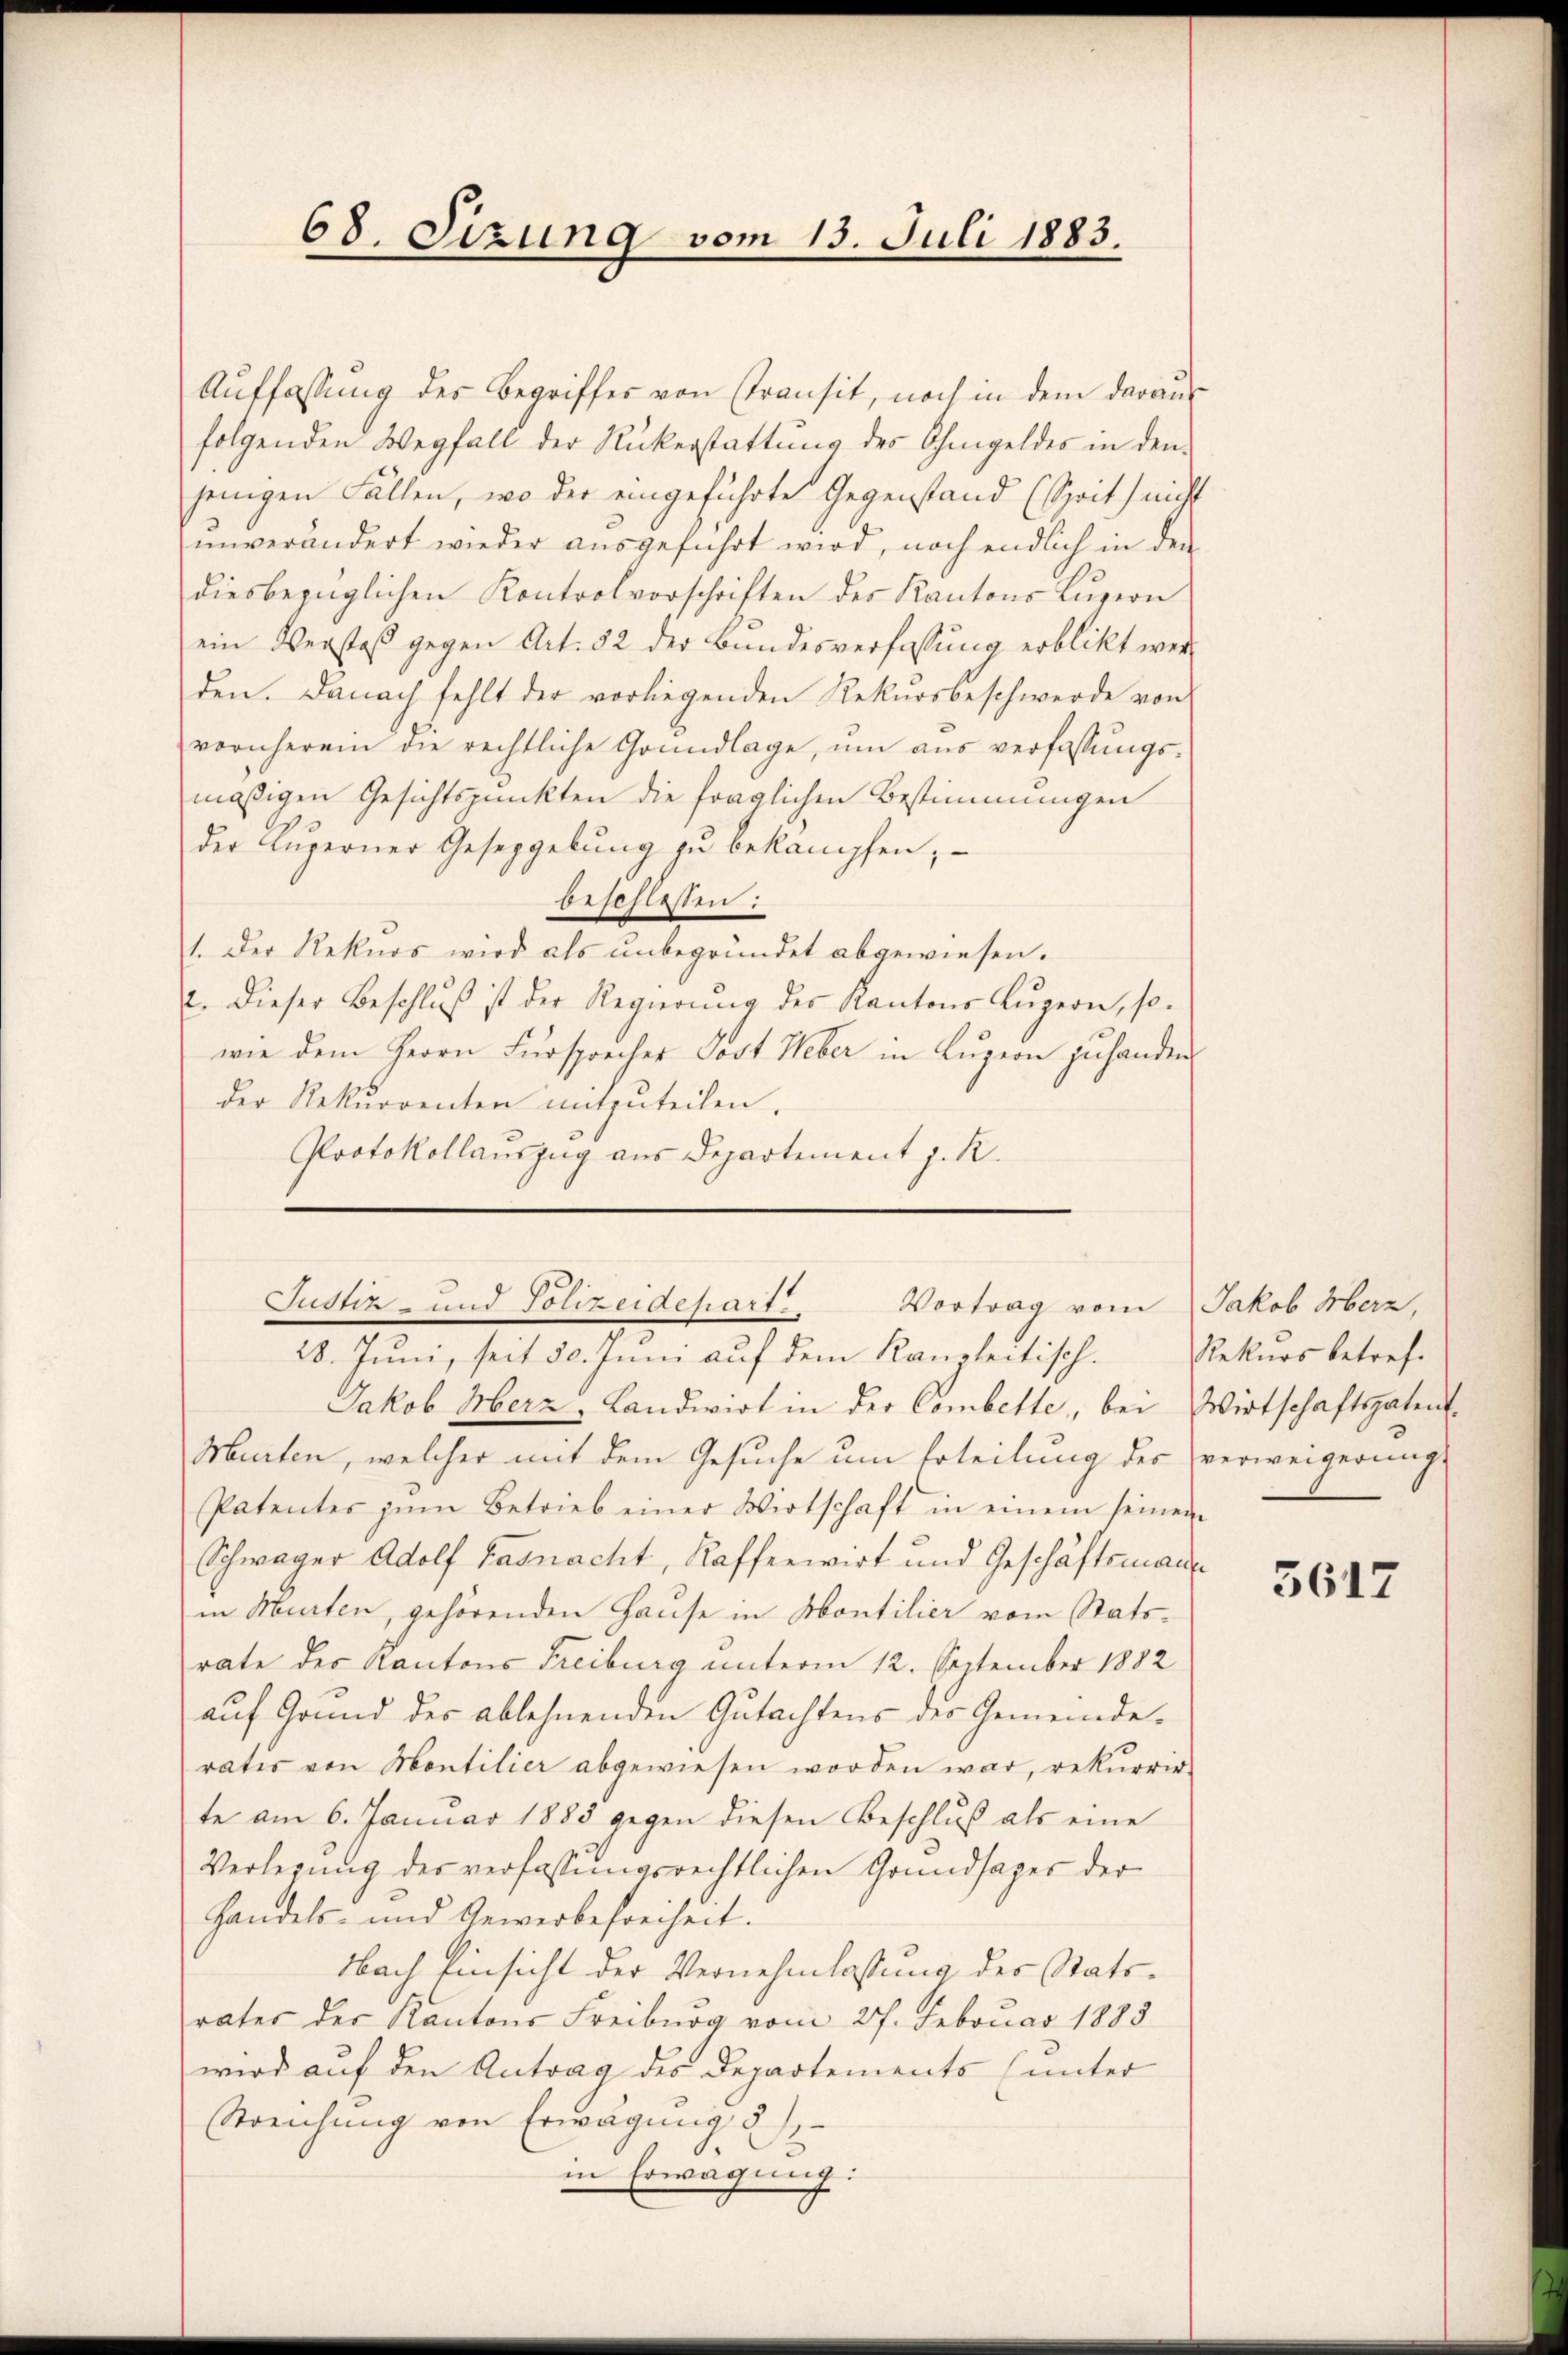
68. Sizung vom 13. Juli 1883.

Aŭffassung des Begriffes von Stransit, noch in dem daraus
folgenden Wegfall der Rükerstattung des Ohmgeldes in den
jenigen Fällen, wo der eingeführte Gegenstand (Sprit nicht
unverändert wieder aŭsgeführt wird, noch endlich in den
diesbezüglichen Kontrolvorschriften des Kantons Luzern
ein Wegstoß gegen Art. 32 der Bundesverfassung erblickt werden. Danach fehlt der vorliegenden Rekŭrsbeschwerde von
vornherein die rechtliche Grundlage, ŭm aŭs verfassŭngs-
mäßigen Gesichtspunkten die fraglichen Bestimmungen
der Luzerner Geseggelung zu bekampfen;
beschlossen:
1. Der Rekurs wird als unbegründet abgewiesen.
2. Dieser Beschlŭβ ist der Regierŭng des Kantons Lŭzern, so-
wie dem Herrn Fürsprecher Post Heber in Lŭzern zuhanden
der Rekurrenten mitzuteilen.
Protokollauszug aus Departement J. K.
Justiz- und Polizeidepart.
Vortrag vom
28. Juni, seit 50. Juni auf dem Kanzleitisch.
Jakob Merz, Landwirt in der Combette, bei Wirtschaftspatent-
Murten, welcher mit dem Gesuche um Erteilung des verweigerung
Patentes zŭm Betrieb einer Wirtschaft in einem seinem
Schwager Adolf Gasnacht, Kaffeewirt und Geschäftsmann
in Murten, gehörenden Hause in Montilier vom Statsrate des Kantons Freiburg unterm 12. September 1882
auf Grund des ablehnenden Gutachtens des Gemeinderatis von Montilier abgewiesen worden war, rekurrir-
te am 6. Januar 1885 gegen diesen Beschluß als eine
Verlegung des verfassungsrechtlichen Grundsaper der
Handels- und Gewerbefreiheit.
Nach Einsicht der Vernehmlassung des Statsvater der Kantons Freiburg vom 27. Februar 1885
wird auf den Antrag des Departements (unter
Streichung von Erwägung d
in Erwägung:

Jakob Merz,
Rekurs betref-

3617